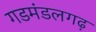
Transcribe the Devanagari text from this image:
गडमंडलगढ़